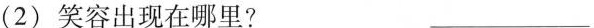
(2) 笑容出现在哪里? ___